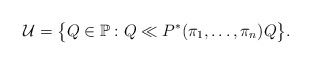
\begin{gather*}\mathcal{U}=\bigl\{Q\in\mathbb{P}:Q\ll P^*(\pi_1,\ldots,\pi_n)Q\bigr\}.\end{gather*}